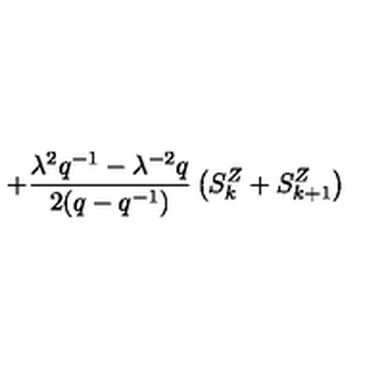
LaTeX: + \frac { { \lambda } ^ { 2 } q ^ { - 1 } - { \lambda } ^ { - 2 } q } { 2 ( q - q ^ { - 1 } ) } \left( S _ { k } ^ { Z } + S _ { k + 1 } ^ { Z } \right) \,